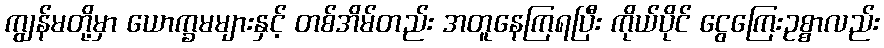
ကျွန်မတို့မှာ ယောက္ခမများနှင့် တစ်အိမ်တည်း အတူနေကြရပြီး ကိုယ်ပိုင် ငွေကြေးဥစ္စာလည်း